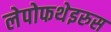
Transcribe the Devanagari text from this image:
लेपोफथेइरुस